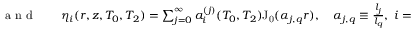
\begin{array} { r l r } { \textrm { a n d } } & { { } } & { \eta _ { i } ( r , z , T _ { 0 } , T _ { 2 } ) = \sum _ { j = 0 } ^ { \infty } a _ { i } ^ { ( j ) } ( T _ { 0 } , T _ { 2 } ) \mathrm { J _ { 0 } } ( \alpha _ { j , q } r ) , \quad \alpha _ { j , q } \equiv \frac { l _ { j } } { l _ { q } } , \; i = 1 , 2 , 3 , \; j = 1 , 2 , 3 , 4 \ldots \dots } \end{array}